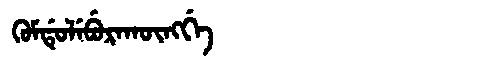
Manchu: ᡴᡠᠮᡩᡠᠯᡝᠪᡠᡵᠠᡴᡡᠩᡤᡝ
Romanization: KUMDULEBURAKŪNGGE